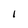
Character: 1